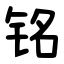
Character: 铭